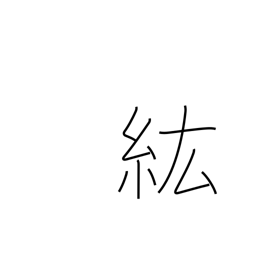
Meaning: large